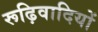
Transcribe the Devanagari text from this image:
रूढ़िवादियों